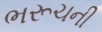
ભરૂચની